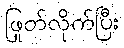
ဖြုတ်လိုက်ပြီး